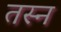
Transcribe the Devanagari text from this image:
तस्न